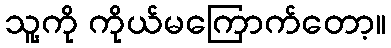
သူ့ကို ကိုယ်မကြောက်တော့။